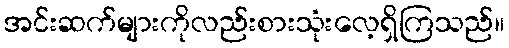
အင်းဆက်များကိုလည်းစားသုံးလေ့ရှိကြသည်။